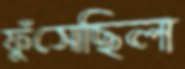
ফুঁসেছিল